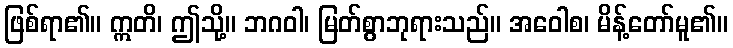
ဖြစ်ရာ၏။ ဣတိ၊ ဤသို့။ ဘဂဝါ၊ မြတ်စွာဘုရားသည်။ အဝေါစ၊ မိန့်တော်မူ၏။